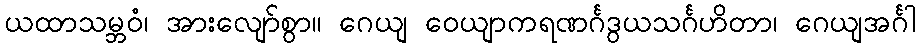
ယထာသမ္ဘဝံ၊ အားလျော်စွာ။ ဂေယျ ဝေယျာကရဏင်္ဂဒွယသင်္ဂဟိတာ၊ ဂေယျအင်္ဂါ